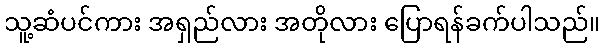
သူ့ဆံပင်ကား အရှည်လား အတိုလား ပြောရန်ခက်ပါသည်။